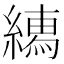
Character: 𦅎